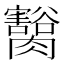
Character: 𦢽